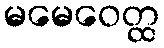
မမေဝေတ္ထ